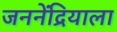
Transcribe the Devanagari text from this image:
जननेंद्रियाला